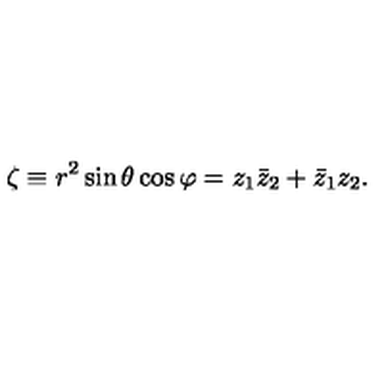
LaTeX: \zeta \equiv r ^ { 2 } \sin \theta \cos \varphi = z _ { 1 } \bar { z } _ { 2 } + \bar { z } _ { 1 } z _ { 2 } .